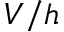
V / h